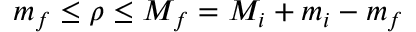
m _ { f } \le \rho \le M _ { f } = M _ { i } + m _ { i } - m _ { f }